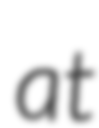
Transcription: at